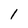
Character: l